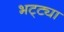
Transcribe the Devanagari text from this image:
भट्‌ट्या